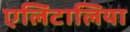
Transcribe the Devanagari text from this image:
एलिटालिया